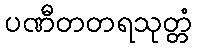
ပဏီတတရသုတ္တံ